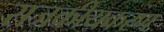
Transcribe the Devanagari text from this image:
राजकीयकरण